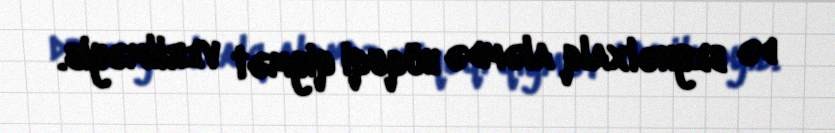
də beynəlxalq aləmdə hüquqi qiymət verilməyib.